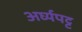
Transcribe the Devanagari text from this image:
अर्घ्यपट्ट